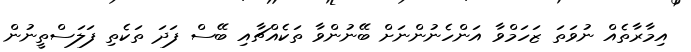
އިމާރާތެއް ނުވަތަ ޒަހަމްވާ އަންހެނުންނަށް ބޭނުންވާ ތަކެއްޗާއި ބޭސް ފަދަ ތަކެތި ފަލަސްތީނުން